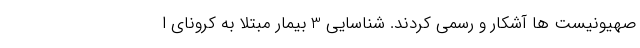
صهیونیست ها آشکار و رسمی کردند. شناسایی 3 بیمار مبتلا به کرونای ا